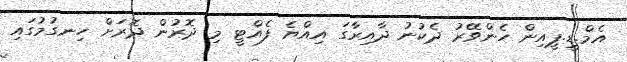
އެމް.ޑީ.ޕީއިން ހެންވޭރު ދެކުނު ދާއިރާގަ އިއްޔެ ފެއްޓީ މި ދޮރުން ދޮރަށް ހިނގުމުގައި